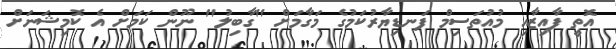
އޮތީ ފާއިޒާއި މުުއުތަސިމް ފަނޑިޔާރުކަމުގެ މަގާމަށް "ގާބިލު" ނޫން ކަމަށް އެ ކޮމިޝަނަށް